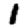
Digit: 1